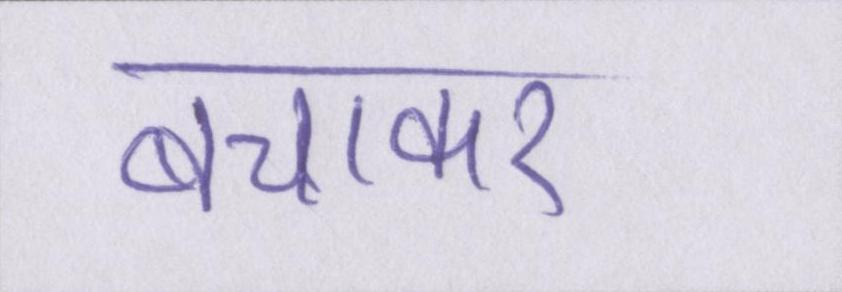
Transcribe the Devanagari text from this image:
बचाकर